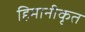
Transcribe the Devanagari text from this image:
हिमानीकृत